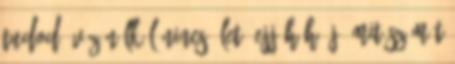
tudod? Víz nélkül nincs élet. Ejj háhááj, mit számít